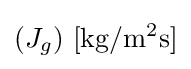
(J_{g})\ \mathrm {[kg/m^{2}s]}